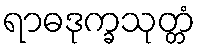
ရာဓဒုက္ခသုတ္တံ